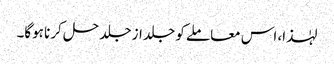
لہٰذا، اس معاملے کو جلد از جلد حل کرنا ہوگا۔